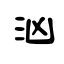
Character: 汹